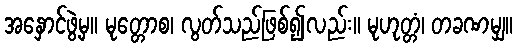
အနှောင်ဖွဲ့မှ။ မုတ္တောစ၊ လွတ်သည်ဖြစ်၍လည်း။ မုဟုတ္တံ၊ တခဏမျှ။